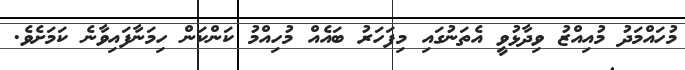
މުހައްމަދު މުއިއްޒު ވިދާޅުވީ އެތަނުގައި މިފަހަރު ބައެއް މުހިއްމު ކަންކަން ހިމަނާފައިވާނެ ކަމަށެވެ.